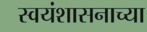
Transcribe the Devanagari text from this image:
स्वयंशासनाच्या